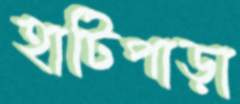
হাটিপাড়া